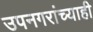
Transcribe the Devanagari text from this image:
उपनगरांच्याही